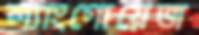
ল্যাংগোয়েজ